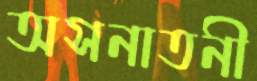
অসনাতনী